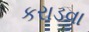
કરાડવા